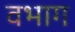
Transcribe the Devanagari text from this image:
वभाग